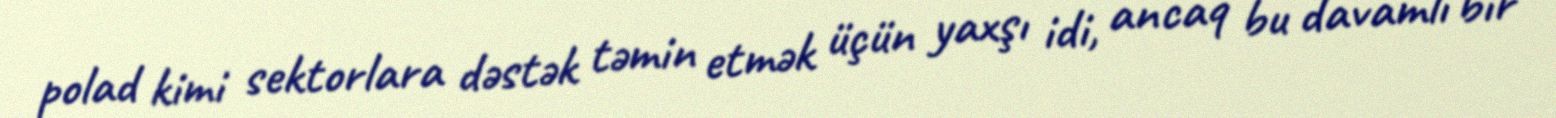
polad kimi sektorlara dəstək təmin etmək üçün yaxşı idi, ancaq bu davamlı bir